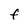
Character: F